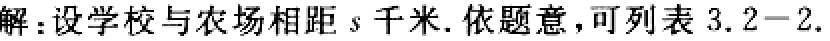
解：设学校与农场相距 \(s\) 千米. 依题意，可列表 \(3.2 - 2.\)